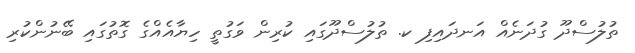
ތުލުސްދޫ ގުދަނެއް އަނދައިފި ކ. ތުލުސްދޫގައި ކުރިން ވަގުތީ ހިޔާއެއްގެ ގޮތުގައި ބޭނުންކުރި